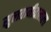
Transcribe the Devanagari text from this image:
सुलतानीवालाला